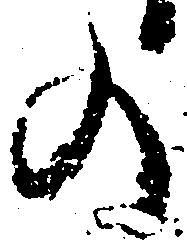
の